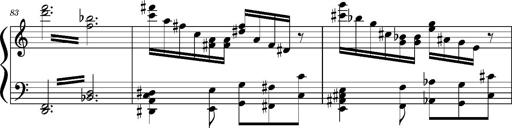
Title: Concerto sans orchestre, S.524a
Composer: Franz Liszt
Key: A major